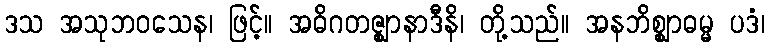
ဒသ အသုဘဝသေန၊ ဖြင့်။ အဓိဂတဇ္ဈာနာဒီနိ၊ တို့သည်။ အနဘိစ္ဈာဓမ္မ ပဒံ၊